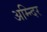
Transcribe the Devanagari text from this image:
अम्न्दिर